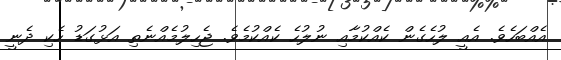
އެއްބަހެވެ. އެއީ ލުހެގެން ކެއްކުމާއި ނުލުހެ ކެއްކުމެވެ. ޖެހިލުމެއްނެތި އަޅުގަޑު ހެކި ދެނީ